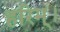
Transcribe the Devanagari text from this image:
हरिम्।